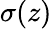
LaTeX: \sigma(z)